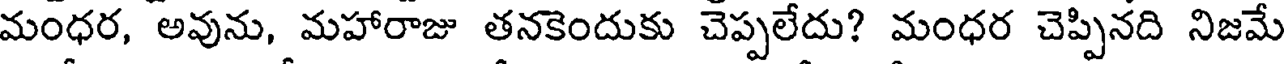
మంధర, అవును, మహారాజు తనకెందుకు చెప్పలేదు? మంధర చెప్పినది నిజమే